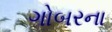
ગોબરના